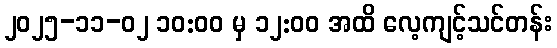
၂၀၂၅-၁၁-၀၂ ၁၀:၀၀ မှ ၁၂:၀၀ အထိ လေ့ကျင့်သင်တန်း